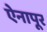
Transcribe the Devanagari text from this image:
ऐनापूर